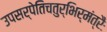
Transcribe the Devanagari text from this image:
उपसर्पेतिचतुर्भिर्मंत्रैः